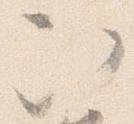
次